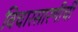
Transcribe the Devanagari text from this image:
विचारसारणीची